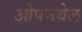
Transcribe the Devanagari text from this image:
ओपनवेल